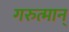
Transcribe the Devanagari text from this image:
गरुत्मान्